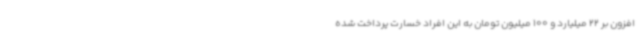
افزون بر 22 میلیارد و 100 میلیون تومان به این افراد خسارت پرداخت شده